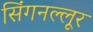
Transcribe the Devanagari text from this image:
सिंगनल्लूर